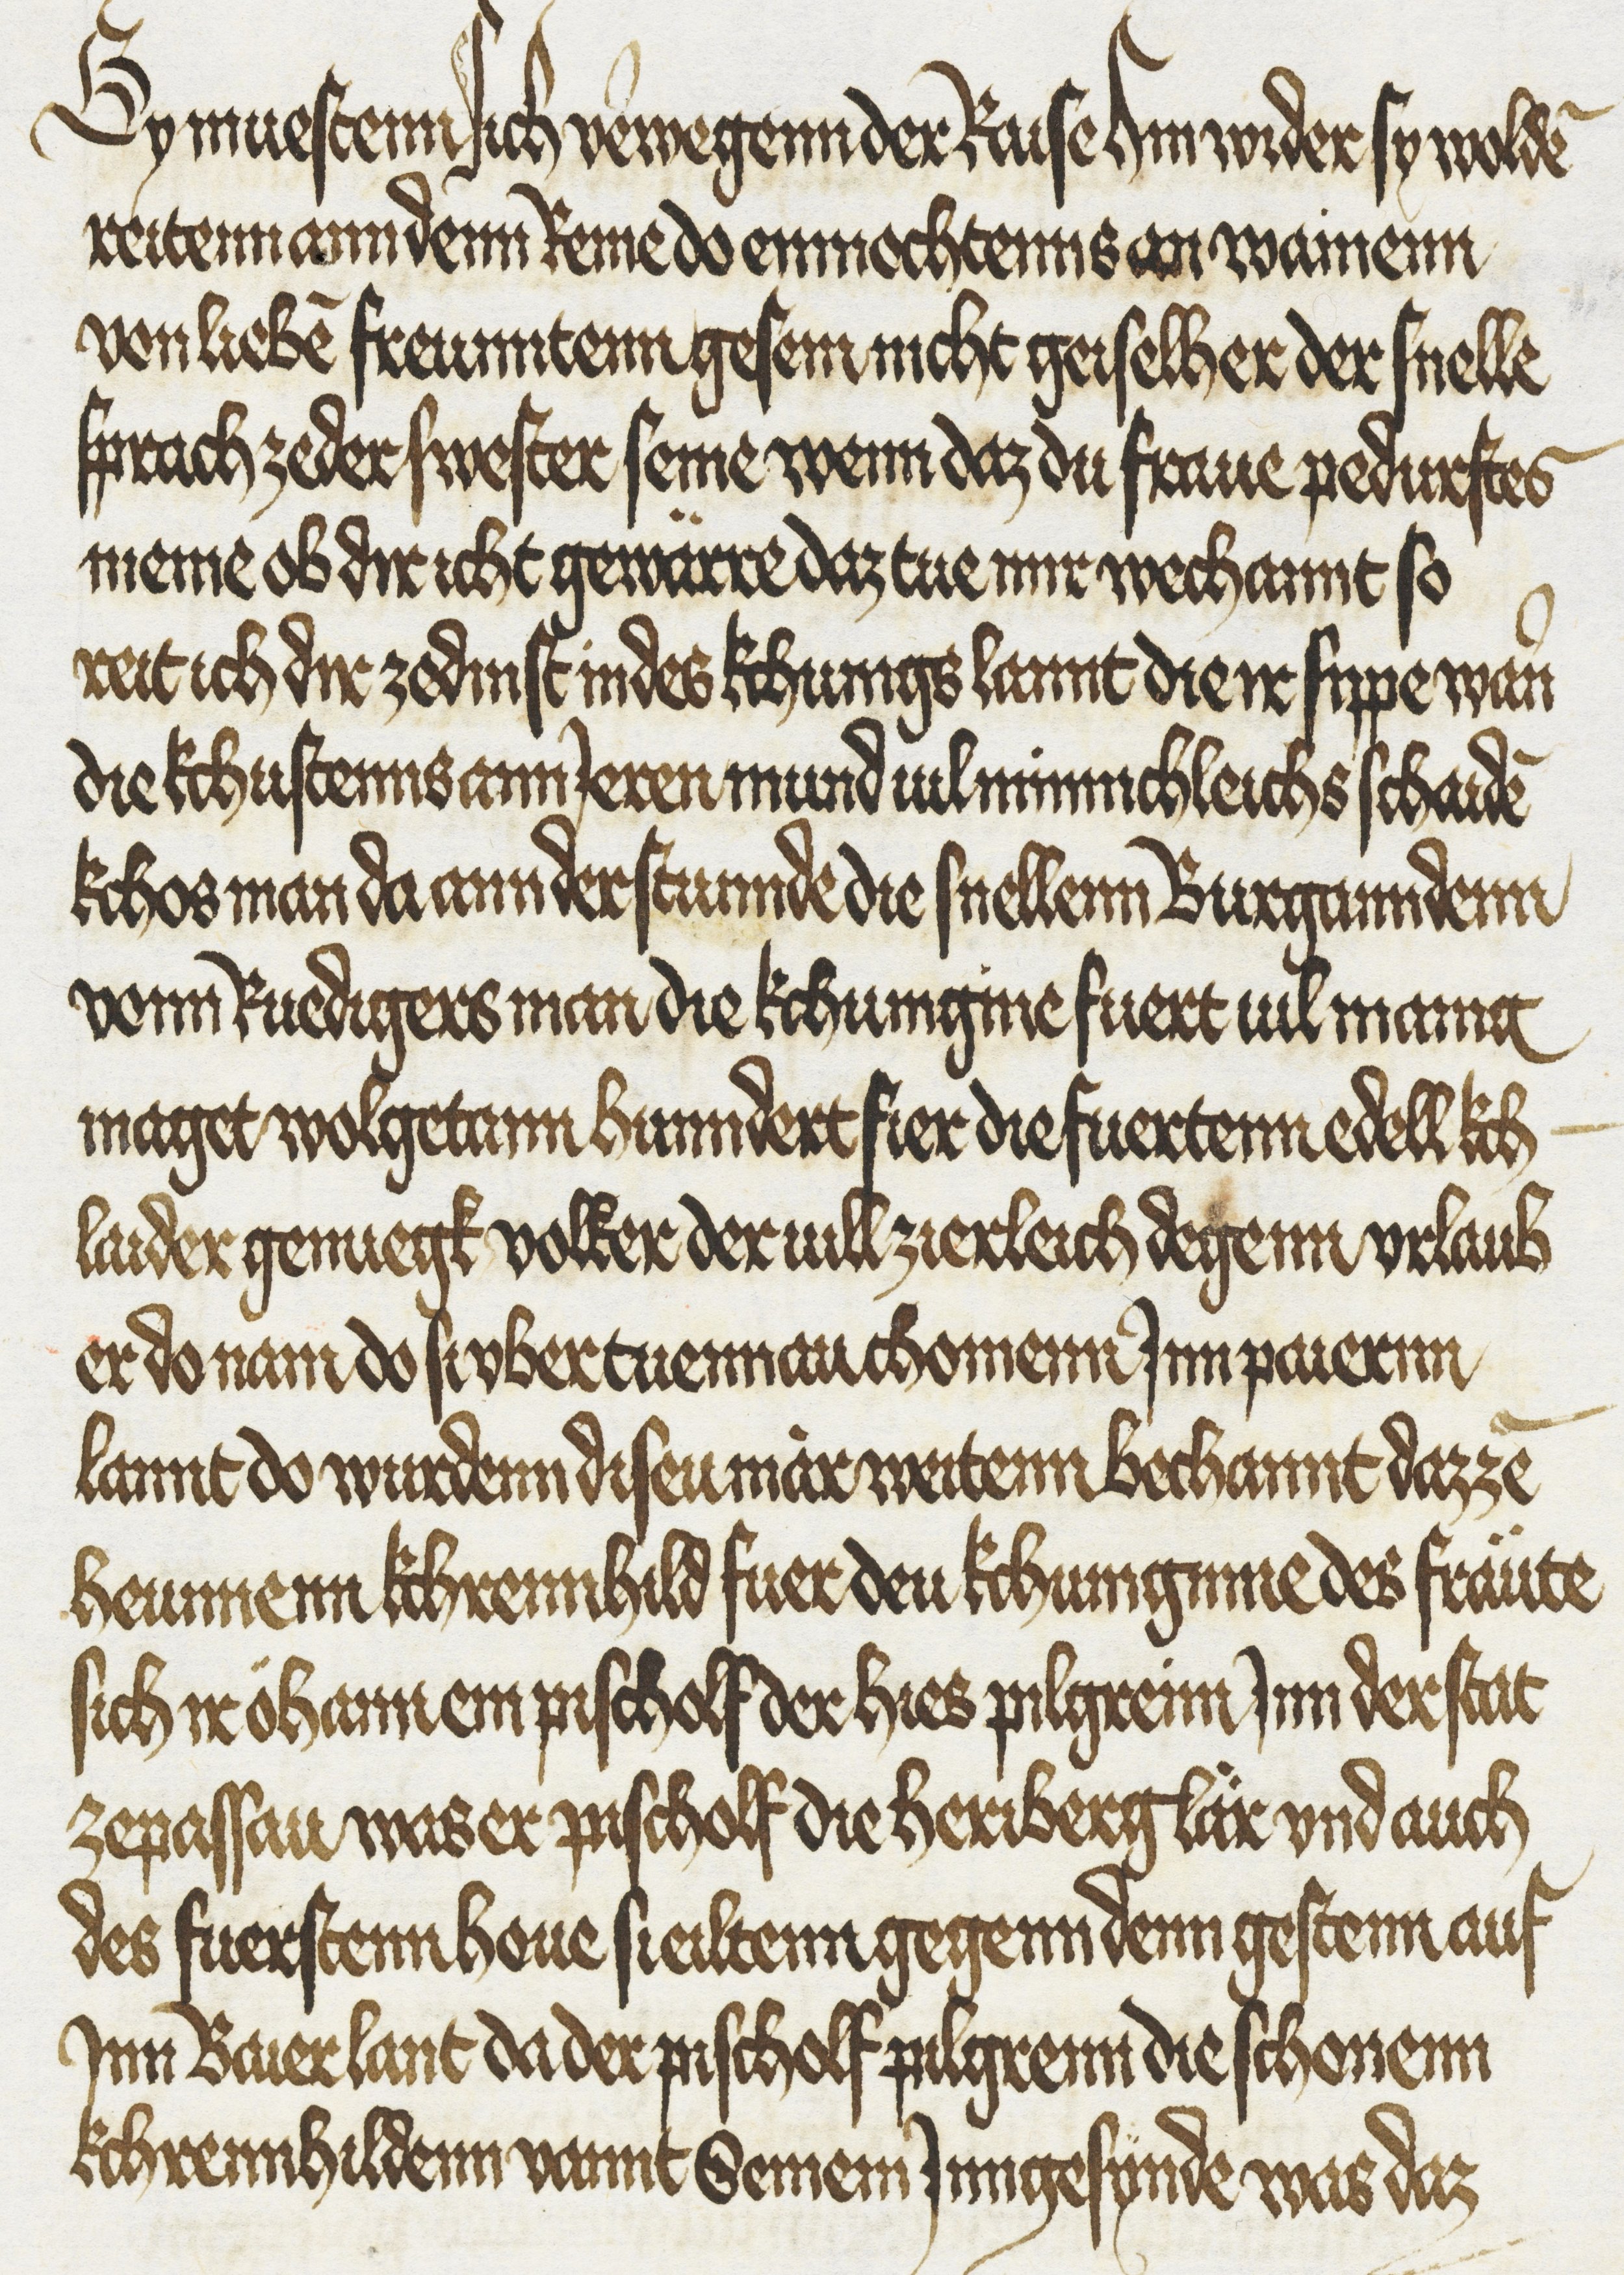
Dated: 1425–1449